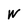
Character: W